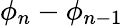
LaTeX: \phi_{n}-\phi_{n-1}